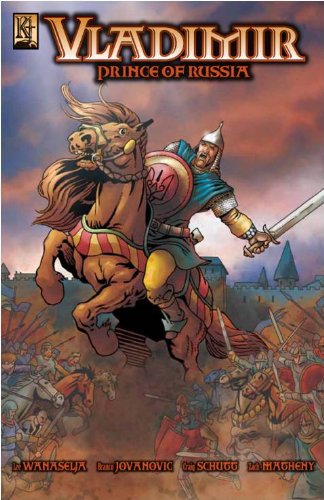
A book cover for Vladimir: Prince of Russia; Lee Wanaselja; Comics & Graphic Novels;